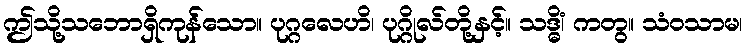
ဤသို့သဘောရှိကုန်သော။ ပုဂ္ဂလေဟိ၊ ပုဂ္ဂိုလ်တို့နှင့်။ သဒ္ဓိံ၊ ကတွ။ သံဝသာမ၊